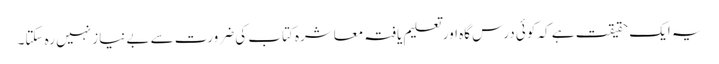
یہ ایک حقیقت ہے کہ کوئی درس گاہ اور تعلیم یافتہ معاشرہ کتاب کی ضرورت سے بے نیاز نہیں رہ سکتا۔